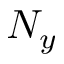
N _ { y }